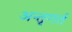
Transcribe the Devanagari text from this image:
अन्तृगर्त